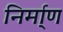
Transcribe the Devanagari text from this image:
निर्मा्ण